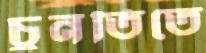
চুনতিতে